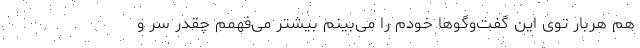
هم هربار توی این گفت‌وگوها خودم را می‌بینم بیشتر می‌فهمم چقدر سر و